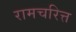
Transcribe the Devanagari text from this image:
रामचरित्त